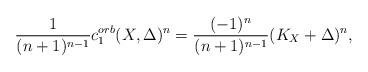
LaTeX: \begin{align*} \frac{1}{(n+1)^{n-1}}c_1^{orb}(X,\Delta)^n=\frac{(-1)^n}{(n+1)^{n-1}}(K_X+\Delta)^n,\end{align*}